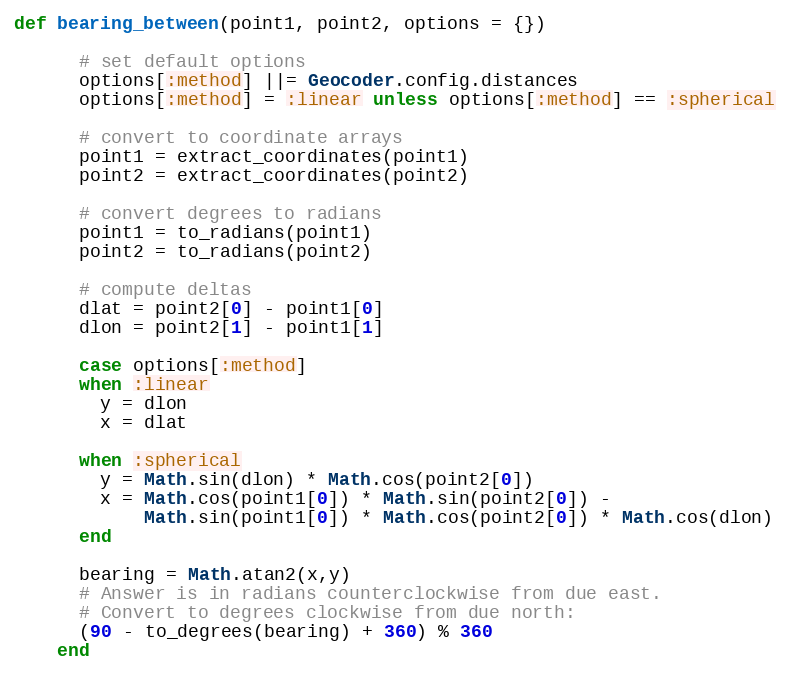
Language: Ruby
def bearing_between(point1, point2, options = {})

      # set default options
      options[:method] ||= Geocoder.config.distances
      options[:method] = :linear unless options[:method] == :spherical

      # convert to coordinate arrays
      point1 = extract_coordinates(point1)
      point2 = extract_coordinates(point2)

      # convert degrees to radians
      point1 = to_radians(point1)
      point2 = to_radians(point2)

      # compute deltas
      dlat = point2[0] - point1[0]
      dlon = point2[1] - point1[1]

      case options[:method]
      when :linear
        y = dlon
        x = dlat

      when :spherical
        y = Math.sin(dlon) * Math.cos(point2[0])
        x = Math.cos(point1[0]) * Math.sin(point2[0]) -
            Math.sin(point1[0]) * Math.cos(point2[0]) * Math.cos(dlon)
      end

      bearing = Math.atan2(x,y)
      # Answer is in radians counterclockwise from due east.
      # Convert to degrees clockwise from due north:
      (90 - to_degrees(bearing) + 360) % 360
    end